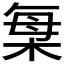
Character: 𣒫